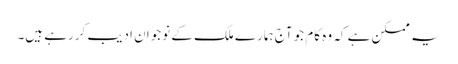
یہ ممکن ہے کہ وہ کام جو آج ہمارے ملک کے نوجوان ادیب کررہے ہیں۔